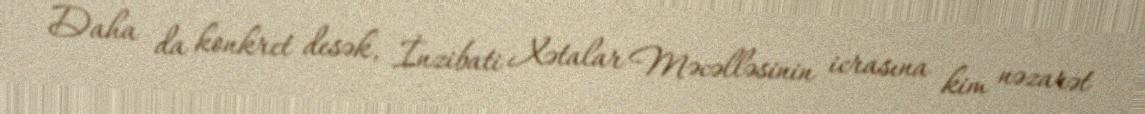
Daha da konkret desək, İnzibati Xətalar Məcəlləsinin icrasına kim nəzarət